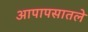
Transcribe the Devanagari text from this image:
आपापसातले